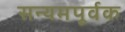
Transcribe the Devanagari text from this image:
सन्यमपूर्वक